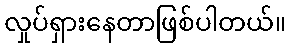
လှုပ်ရှားနေတာဖြစ်ပါတယ်။